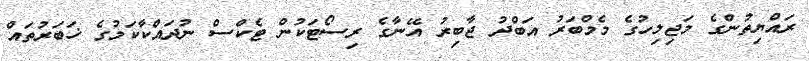
ރައްޔިތުންގެ މަޖިލިހުގެ މެމްބަރު އަބްދު ޖާބިރު އޭނާގެ ރިސޯޓަކުން ޓެކްސް ނުދައްކާކަމުގެ ޚަބަރުތައް